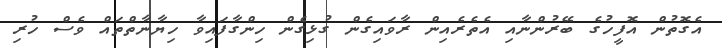
އެގޮތުން އޮފީހުގެ ބޭރުންނާއި އެތެރެއިން ރާވައިގެން ގުޅިގެން ހިންގާފައިވާ ހިޔާނާތްތައް ވެސް ހުރި